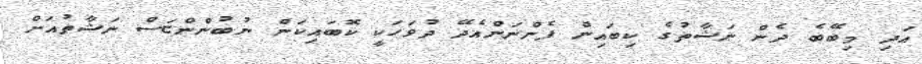
އަދި މިބޭބެ ދެން ނަޝާތުގެ ކިބައިން ފެންނަންއެދޭ ދުވަހަކީ ކޮބައިކަން ނުބުންންޏަސް ނަޝާތުއަށް